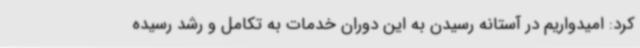
کرد: امیدواریم در آستانه رسیدن به این دوران خدمات به تکامل و رشد رسیده